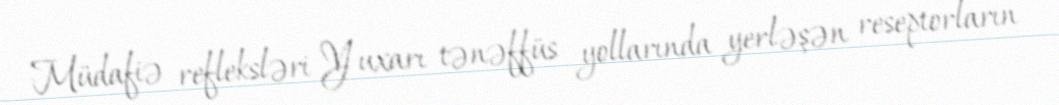
Müdafiə refleksləri Yuxarı tənəffüs yollarında yerləşən reseptorların